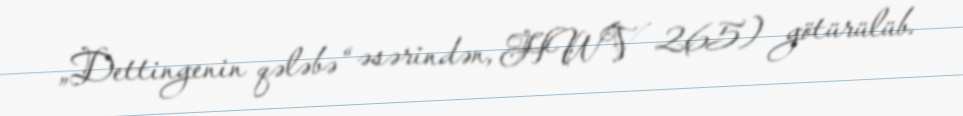
„Dettingenin qələbə“ əsərindən, HWV 265) götürülüb.